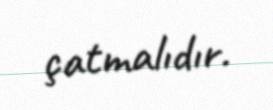
çatmalıdır.